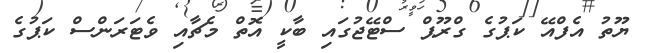
ޔޫތު އެފްއޭ ކަޕުގެ ގްރޫޕް ސްޓޭޖުގައި ބާކީ އޮތް މެޗާއި ވެޓަރަންސް ކަޕުގެ